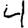
Digit: 4